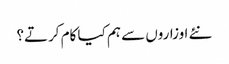
نئے اوزاروں سے ہم کیا کام کرتے؟